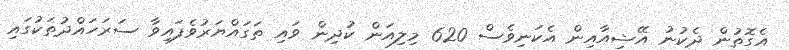
އެގޮތުން ދެކުނު އޭޝިއާއިން އެކަނިވެސް 620 މިލިއަން ކުދިން ވައި ތަގައްޔަރުވެފައިވާ ސަރަހައްދުތަކުގައި